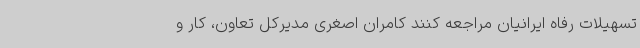
تسهیلات رفاه ایرانیان مراجعه کنند کامران اصغری مدیرکل تعاون، کار و